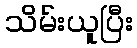
သိမ်းယူပြီး